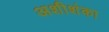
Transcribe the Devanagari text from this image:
अशीशंका